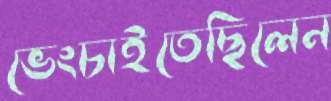
ভেংচাইতেছিলেন